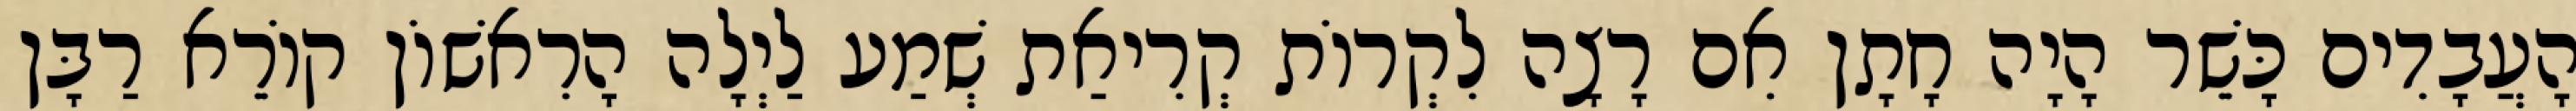
הָעֲבָדִים כָּשֵׁר הָיָה חָתָן אִם רָצָה לִקְרוֹת קְרִיאַת שְׁמַע לַיְלָה הָרִאשׁוֹן קוֹרֵא רַבָּן